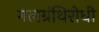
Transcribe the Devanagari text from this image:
गलग्रंथिरोधी